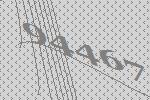
94467